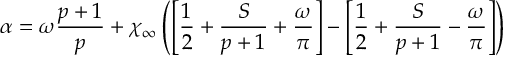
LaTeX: \alpha = \omega \displaystyle \frac { p + 1 } { p } + \chi _ { \infty } \left( \left[ \displaystyle \frac { 1 } { 2 } + \displaystyle \frac { S } { p + 1 } + \displaystyle \frac { \omega } { \pi } \right] - \left[ \displaystyle \frac { 1 } { 2 } + \displaystyle \frac { S } { p + 1 } - \displaystyle \frac { \omega } { \pi } \right] \right)